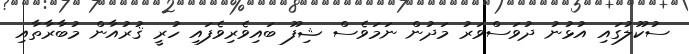
ސުކޫލުގައި އުޅުނު ދުވަސްވަރު މަދުން ނަަމަވެސް ޝިފޫ ބައިވެރިވެފައި ހުރީ ޤުރުއާން މުބާރާތާއި